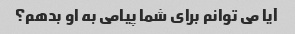
آیا می توانم برای شما پیامی به او بدهم؟